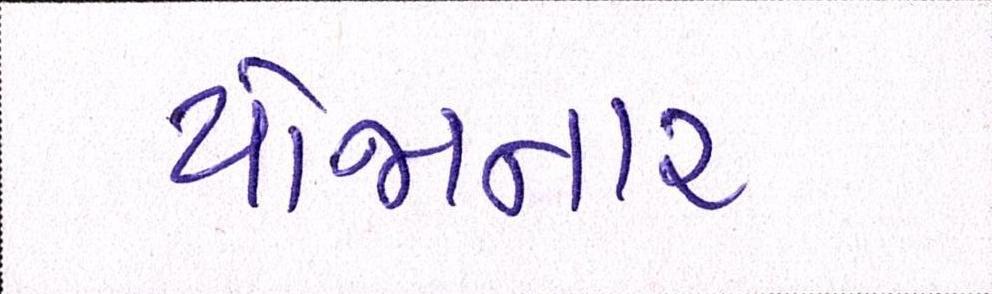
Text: યોજાનાર